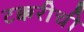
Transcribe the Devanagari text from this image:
टक्करीची